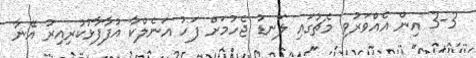
3-3 އިން އެއްވަރުވި މެޗުގައި ލަނޑު ޖެހުމަށް ފަހު އަނެލްކާ އުފާފާޅުކުރިއިރު އޭނާ